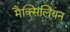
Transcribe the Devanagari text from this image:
मैक्सिलियन